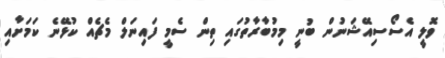
ވޮލީ އެސޯސިއޭޝަނުން ބުނީ މިމުބާރާތުގައި ތިން ސެމީ ފައިނަލް މެޗެއް ކުޅޭނެ ކަމަށާއި